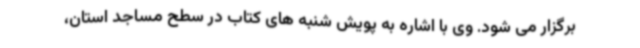
برگزار می شود. وی با اشاره به پویش شنبه های کتاب در سطح مساجد استان،